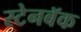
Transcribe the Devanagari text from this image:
स्टेनबॅक